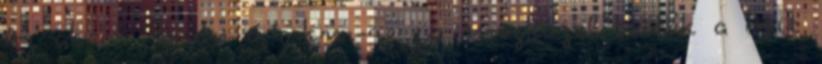
Az akció során 6,4 km-re is megközelítették a brit